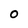
Character: O